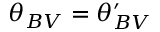
\theta _ { B V } = \theta _ { B V } ^ { \prime }